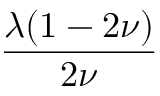
\frac { \lambda ( 1 - 2 \nu ) } { 2 \nu }